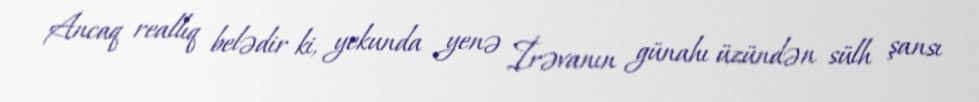
Ancaq reallıq belədir ki, yekunda yenə İrəvanın günahı üzündən sülh şansı